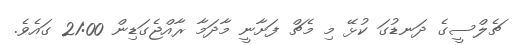
ޗެލްސީގެ ދަނޑުގަ ކުޅޭ މި މެޗް ފަށާނީ މާދަމާ ރާއްޖެގަޑިން 21:00 ގައެވެ.